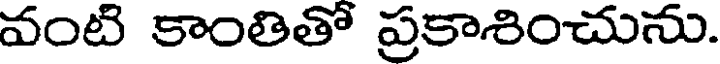
వంటి కాంతితో ప్రకాశించును.